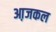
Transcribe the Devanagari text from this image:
आ़जकल